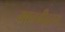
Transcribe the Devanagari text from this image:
मानवीहृदय